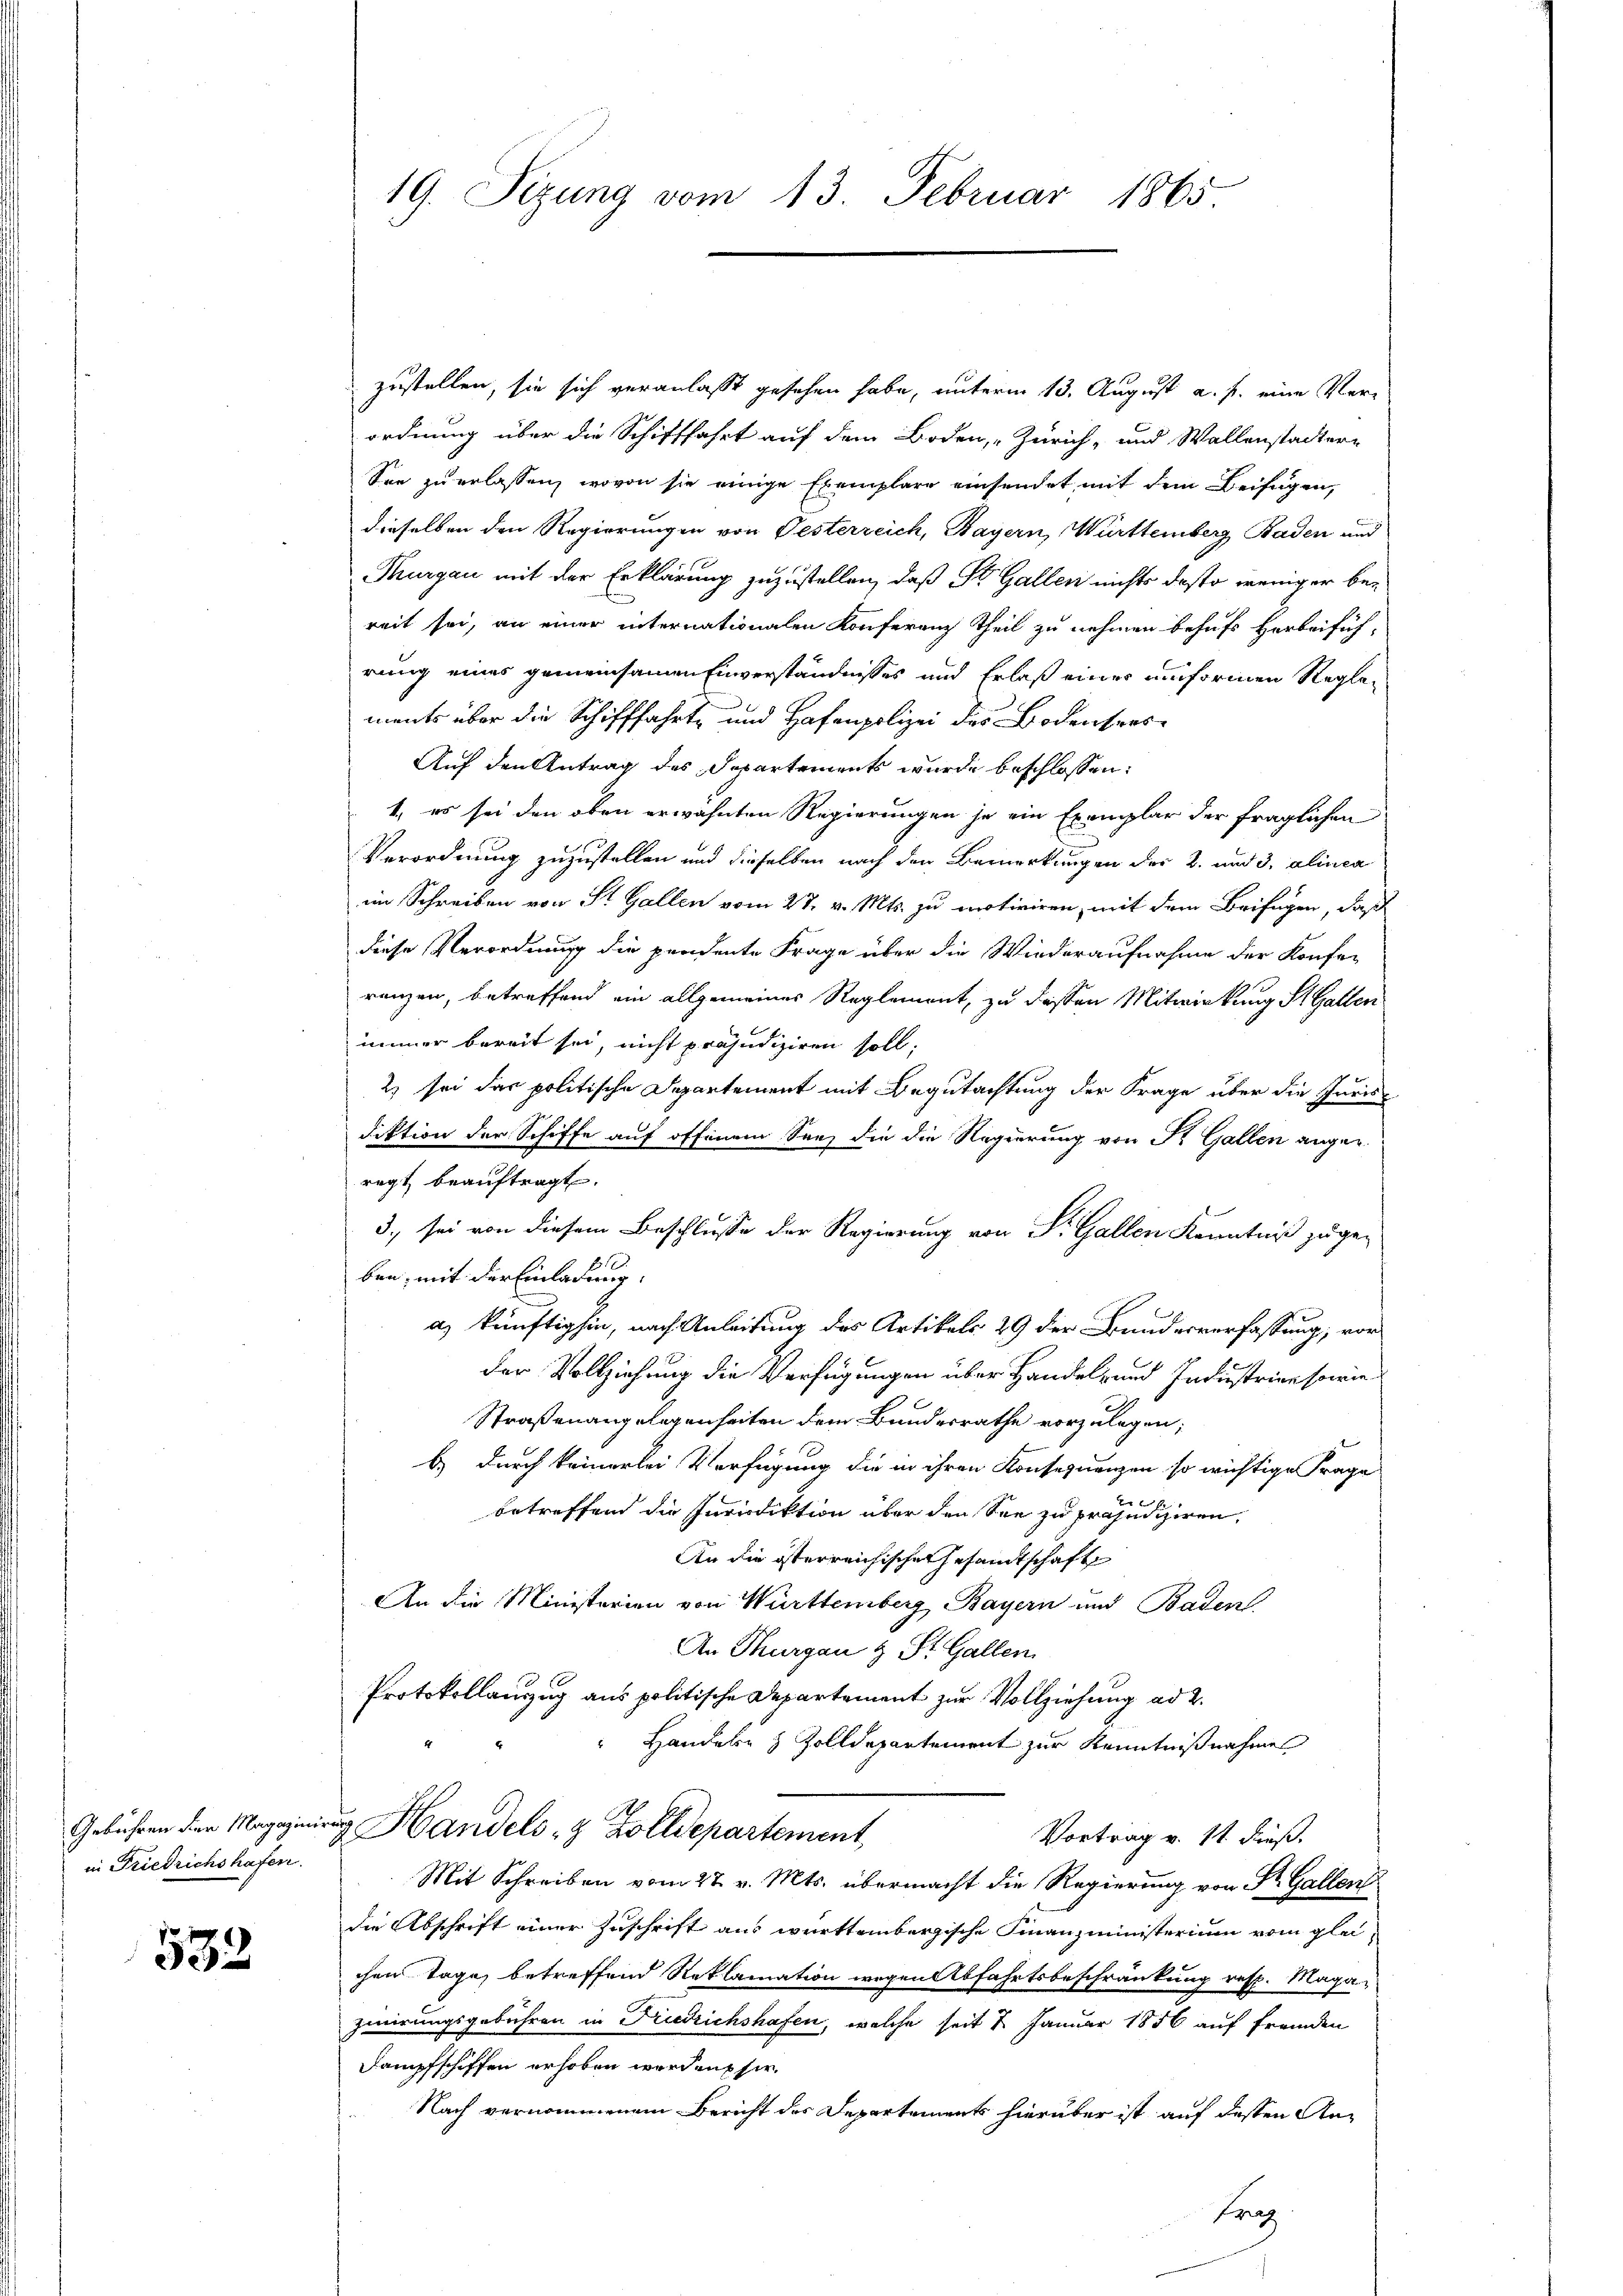
in Friedrichs hafen.

532

19. Sizung vom 13. Februar 1865

zustellen, sie sich veranlasst gesehen habe, unterm 13. August a. f. eine Verordnung über die Schifffahrt auf dem Boden, Zürich, und Wallenstadtern
See zu erlassen, wovon sie einige Exemplare einsendet mit dem Beifügen,
dieselben den Regierungen von Oesterreich, Bayern, Württemberg, Baden und
Thurgau mit der Erklärung zuzustellen, daß St. Gallen nichts desto weniger bereit sei, an einer internationalen Konferenz Theil zu nehmen behufs herbeifüh-
rung eines gemeinsamen Einverständnisses und Erlaß eines umformen Reglements über die Schifffahrte und Hafenpolizei des Bodensers¬
Auf den Antrag des Departements wurde beschlossen:
1., es sei den oben erwähnten Regierungen je ein Exemplar der fraglichen
Verordnung zuzustellen und dieselben nach den Bemerkungen der 2. und 3. alinea
im Schreiben von St. Gallen vom 27. v. Mts. zu motiviren, mit dem Beifügen, daß
diese Verordnung die perdente Frage über die Wiederaufnahme der Konferanzen, betreffend ein allgemeiner Reglement, zu dessen Mitwirkung St. Gallen
immer bereit sei, nicht präjudiziren soll;
2) sei das politische Departement mit Begutachtung der Frage über die Juris-
diktion der Schiffe auf offenem See, die die Regierung von St. Gallen angen.
regt beauftragt.
3., sei von diesem Beschlusse der Regierung von P. Gallen Kenntniß zu geben, mit der Einladung
a) künftighin, nach Anleitung des Artikels 29 der Brandesverfassung, vorder Vollziehung die Verfügungen über Handel- und Industrien sowie¬
Straßenangelegenheiten dem Bundesrathe vorzulegen;
b.) durch keinerlei Verfügung die in ihren Konsequenzen so wichtige Frage
betreffend die Inviediktion über den See zu präjudiziren,
An die österreichische Gesamtschaft
An die Ministerien von Württemberg Bayern und Baden
An Thurgau & St. Gallen
Protokollauszug aus politische Departement zur Vollziehung ad 2.
Handeln & Zolldepartement zur Kenntnißnahme
Gebühren der Magazinirrg Handels- & Zolldepartement,
Vortrag v. 11. dieß.
Mit Schreiben vom 27. v. Mts. übermacht die Regierung von Dr. Gallen
die Abschrift einer Zuschrift aus württembergische Finanzministerium vom gleichen Tage, betreffend Reklamation wegen Abfahrtsbeschränkung resp. Maga
Ziirungsgebühren in Friedrichshafen, welche seit 2 Januar 1856 auf fremden
Dampfschiffen erhoben werden sie.
Nach vernommenem Bericht der Departements hierüber ist auf dessen An¬
Eraz